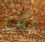
بأن